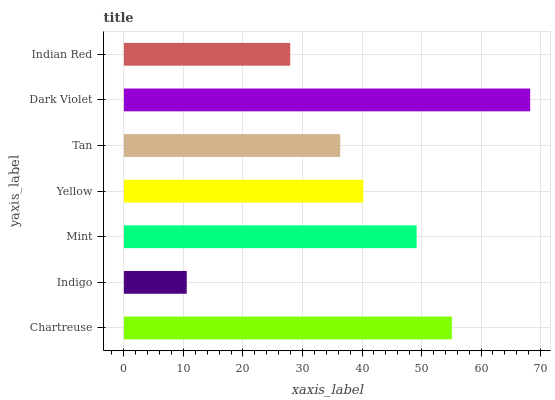
| yaxis_label | bars |
 | --- | --- |
 | Chartreuse | 55.1 |
 | Indigo | 10.6 |
 | Mint | 49.2 |
 | Yellow | 40.2 |
 | Tan | 36.3 |
 | Dark Violet | 68.2 |
 | Indian Red | 27.9 |